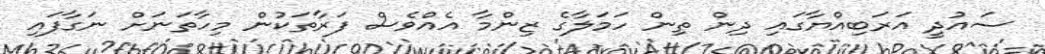
ސައުދީ އަރަބިއްޔާގައި ދިން ތިން ހަމަލާގެ ޒިންމާ އެއްވެސް ފަރާތަކުން މިހާތަނަށް ނަގާފައި